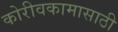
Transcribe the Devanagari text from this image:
कोरीवकामासाठी